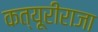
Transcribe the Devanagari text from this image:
कत्यूरीराजा